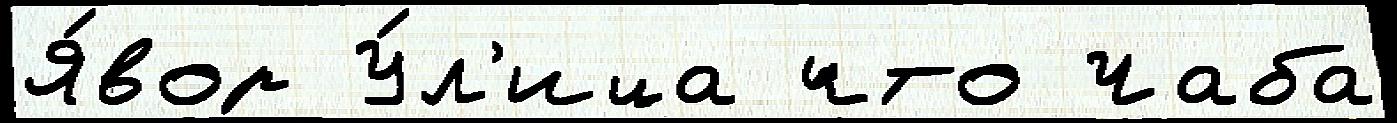
Я́вор У́л'ица что Чаба